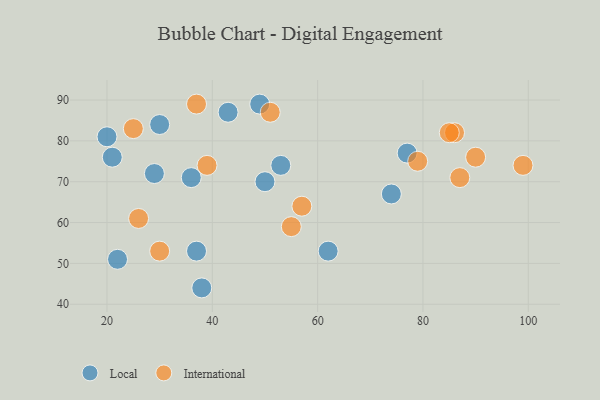
{"axis": {"x": "GDP", "y": "Life Expectancy"}, "legend": ["International", "Local"], "data": [{"x": "36", "y": 71, "type": "Local"}, {"x": "50", "y": 70, "type": "Local"}, {"x": "30", "y": 84, "type": "Local"}, {"x": "43", "y": 87, "type": "Local"}, {"x": "62", "y": 53, "type": "Local"}, {"x": "37", "y": 53, "type": "Local"}, {"x": "21", "y": 76, "type": "Local"}, {"x": "22", "y": 51, "type": "Local"}, {"x": "74", "y": 67, "type": "Local"}, {"x": "38", "y": 44, "type": "Local"}, {"x": "20", "y": 81, "type": "Local"}, {"x": "53", "y": 74, "type": "Local"}, {"x": "29", "y": 72, "type": "Local"}, {"x": "49", "y": 89, "type": "Local"}, {"x": "77", "y": 77, "type": "Local"}, {"x": "86", "y": 82, "type": "International"}, {"x": "25", "y": 83, "type": "International"}, {"x": "85", "y": 82, "type": "International"}, {"x": "26", "y": 61, "type": "International"}, {"x": "87", "y": 71, "type": "International"}, {"x": "55", "y": 59, "type": "International"}, {"x": "90", "y": 76, "type": "International"}, {"x": "57", "y": 64, "type": "International"}, {"x": "99", "y": 74, "type": "International"}, {"x": "39", "y": 74, "type": "International"}, {"x": "79", "y": 75, "type": "International"}, {"x": "37", "y": 89, "type": "International"}, {"x": "51", "y": 87, "type": "International"}, {"x": "30", "y": 53, "type": "International"}]}